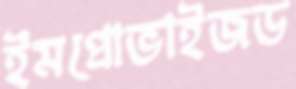
ইমপ্রোভাইজড